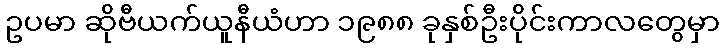
ဥပမာ ဆိုဗီယက်ယူနီယံဟာ ၁၉၈၈ ခုနှစ်ဦးပိုင်းကာလတွေမှာ